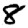
Digit: 8